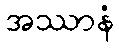
အဿာနံ